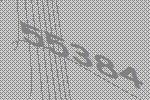
55384